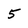
Character: 5